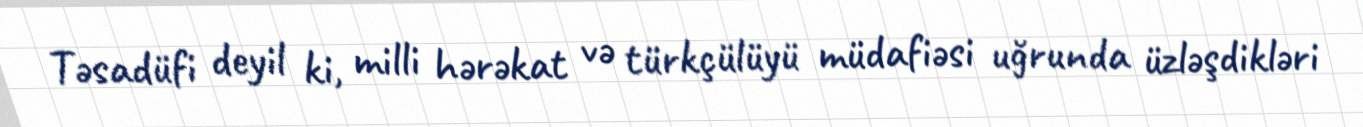
Təsadüfi deyil ki, milli hərəkat və türkçülüyü müdafiəsi uğrunda üzləşdikləri